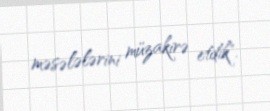
məsələlərini müzakirə etdik".